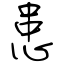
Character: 患